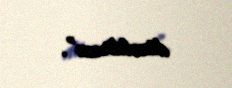
düzəldirəm”.